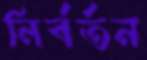
নির্বর্তন